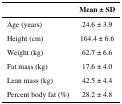
<table><thead><tr><td></td><td><b>Mean ± SD</b></td></tr></thead><tbody><tr><td>Age (years)</td><td>24.6 ± 3.9</td></tr><tr><td>Height (cm)</td><td>164.4 ± 6.6</td></tr><tr><td>Weight (kg)</td><td>62.7 ± 6.6</td></tr><tr><td>Fat mass (kg)</td><td>17.6 ± 4.0</td></tr><tr><td>Lean mass (kg)</td><td>42.5 ± 4.4</td></tr><tr><td>Percent body fat (%)</td><td>28.2 ± 4.8</td></tr></tbody></table>